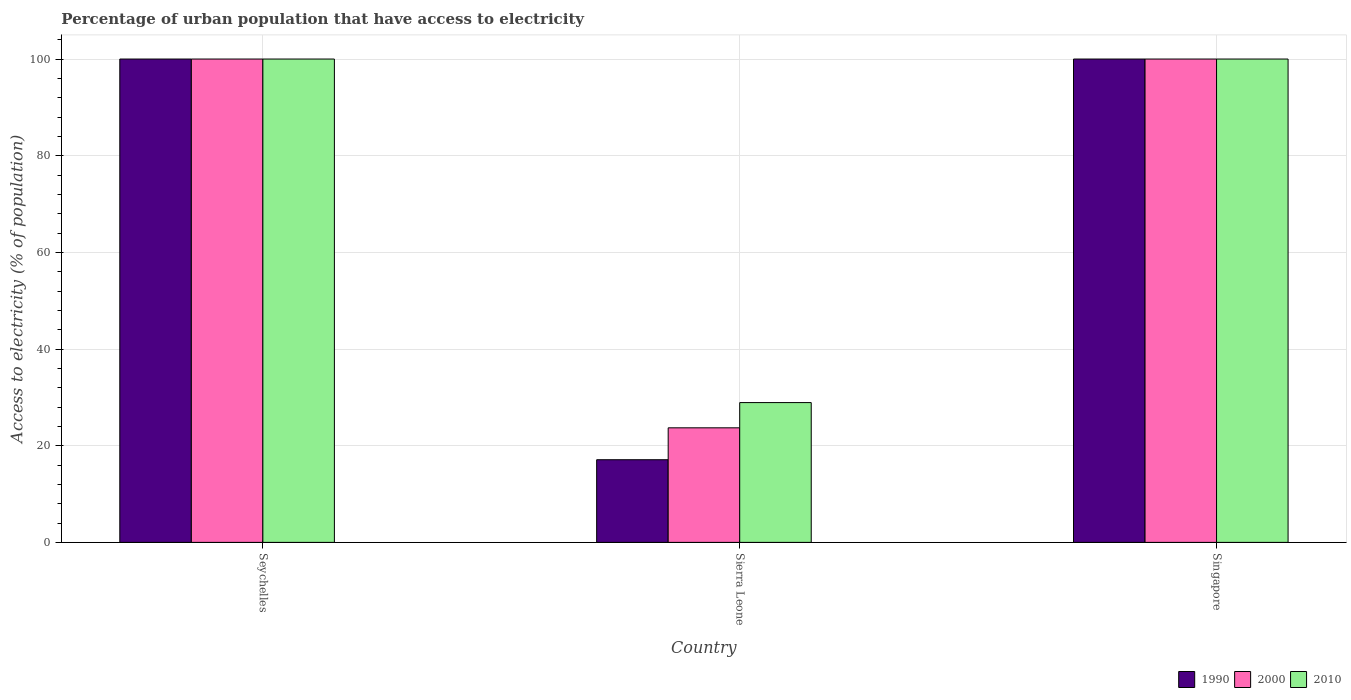
| Country | 1990 | 2000 | 2010 |
 | --- | --- | --- | --- |
 | Seychelles | 100 | 100 | 100 |
 | Sierra Leone | 17.1 | 23.7 | 28.9 |
 | Singapore | 100 | 100 | 100 |